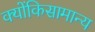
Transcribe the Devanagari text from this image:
क्योंकिसामान्य